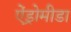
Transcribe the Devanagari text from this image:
ऐंड्रोमीडा